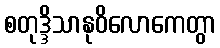
စတုဒ္ဒိသာနုဝိလောကေတွာ